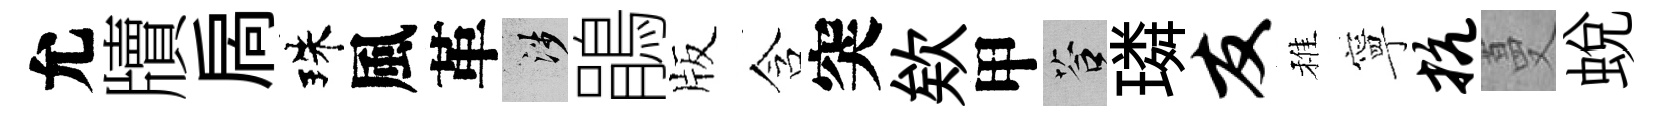
允牘扄珠風革涉鵑版含突欸甲答璘友稚寧抗蔓蜕